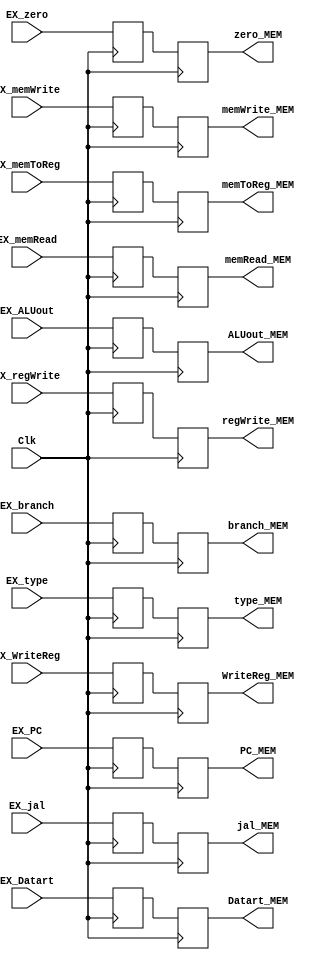
`timescale 1ns / 1ps
//////////////////////////////////////////////////////////////////////////////////
// Company: 
// Engineer: 
// 
// Design Name: 
// Module Name: EXMEM
// Project Name: 
// Target Devices: 
// Tool Versions: 
// Description: 
// 
// Dependencies: 
// 
// Revision:
// Revision 0.01 - File Created
// Additional Comments:
// 
//////////////////////////////////////////////////////////////////////////////////


module EXMEM(
    input Clk,
    input [2:0] EX_type,
    input [31:0] EX_PC,
    input EX_memToReg,
    input EX_regWrite,
    input EX_memRead,
    input EX_memWrite,
    input EX_branch,
    input EX_jal,
    input [31:0] EX_Datart,
    input EX_zero,
    input [31:0] EX_ALUout,
    input [4:0] EX_WriteReg,
    
    output reg [31:0] PC_MEM,
    output reg [2:0] type_MEM,
    output reg memToReg_MEM,
    output reg regWrite_MEM,
    output reg memRead_MEM,
    output reg memWrite_MEM,
    output reg branch_MEM,
    output reg jal_MEM,
    output reg [31:0] Datart_MEM,
    output reg zero_MEM,
    output reg [31:0] ALUout_MEM,
    output reg [4:0] WriteReg_MEM
    );
    reg [31:0] PC;
    reg [2:0] type;
    reg [31:0] INST;
    reg memToReg;
    reg regWrite;
    reg memRead;
    reg memWrite;
    reg branch;
    reg jal;
    reg [31:0] Datart;
    reg zero;
    reg [31:0] ALUout;
    reg [4:0] WriteReg;
    always @(posedge Clk)
    begin
        PC_MEM=PC;
        type_MEM=type;
        memToReg_MEM=memToReg;
        regWrite_MEM=regWrite;
        memRead_MEM=memRead;
        memWrite_MEM=memWrite;
        branch_MEM=branch;
        jal_MEM=jal;
        Datart_MEM=Datart;
        zero_MEM=zero;
        ALUout_MEM=ALUout;
        WriteReg_MEM=WriteReg;
    end
    always @(negedge Clk)
    begin
         PC=EX_PC;
         type=EX_type;
     memToReg=EX_memToReg;
     regWrite=EX_regWrite;
     memRead=EX_memRead;
      memWrite=EX_memWrite;
     branch=EX_branch;
     jal=EX_jal;
     Datart=EX_Datart;
      zero=EX_zero;
        ALUout=EX_ALUout;
        WriteReg=EX_WriteReg;
    end
    
endmodule